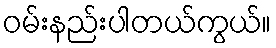
ဝမ်းနည်းပါတယ်ကွယ်။